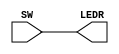
module part1 (SW, LEDR);

	input [17:0] SW; // chaves
	output [17:0] LEDR; // LEDs vermelhos
	assign LEDR = SW;
		
endmodule